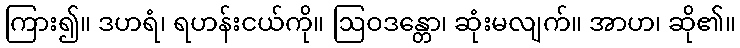
ကြား၍။ ဒဟရံ၊ ရဟန်းငယ်ကို။ ဩဝဒန္တော၊ ဆုံးမလျက်။ အာဟ၊ ဆို၏။